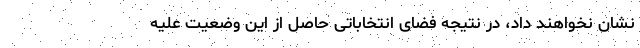
نشان نخواهند داد، در نتیجه فضای انتخاباتی حاصل از این وضعیت علیه